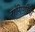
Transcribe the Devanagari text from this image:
रागिणीचा